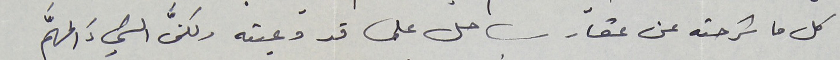
كل ما شرحته عن عقار ساحل علما قد وعيته ولكنَّ الشيءَ المهَّم